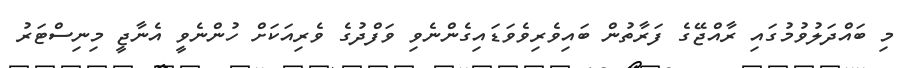
މި ބައްދަލުވުމުގައި ރާއްޖޭގެ ފަރާތުން ބައިވެރިވެވަޑައިގެންނެވި ވަފްދުގެ ވެރިއަކަށް ހުންނެވީ އެނާޖީ މިނިސްޓަރު